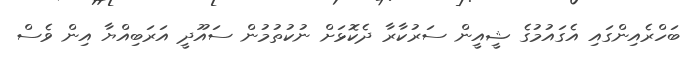
ބަހްރެއިންގައި އެގައުމުގެ ޝީއީން ސަރުކާރާ ދެކޮޅަށް ނުކުތުމުން ސައޫދީ އަރަބިއްޔާ އިން ވެސް